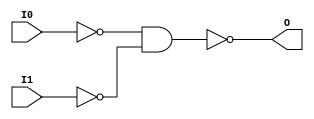
// $Header: /devl/xcs/repo/env/Databases/CAEInterfaces/verunilibs/data/unisims/NAND2B2.v,v 1.5.158.1 2007/03/09 18:13:10 patrickp Exp $
///////////////////////////////////////////////////////////////////////////////
// Copyright (c) 1995/2004 Xilinx, Inc.
// All Right Reserved.
///////////////////////////////////////////////////////////////////////////////
//   ____  ____
//  /   /\/   /
// /___/  \  /    Vendor : Xilinx
// \   \   \/     Version : 8.1i (I.13)
//  \   \         Description : Xilinx Functional Simulation Library Component
//  /   /                  2-input NAND Gate
// /___/   /\     Filename : NAND2B2.v
// \   \  /  \    Timestamp : Thu Mar 25 16:42:56 PST 2004
//  \___\/\___\
//
// Revision:
//    03/23/04 - Initial version.
// End Revision

`timescale  100 ps / 10 ps


module NAND2B2 (O, I0, I1);

    output O;

    input  I0, I1;

    not N1 (i1_inv, I1);
    not N0 (i0_inv, I0);
    nand A1 (O, i0_inv, i1_inv);


endmodule